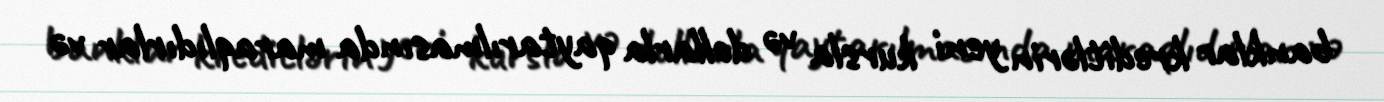
banklar kreditlərin yeni kursla və dollarla qaytarılmasında maraqlıdırlar və